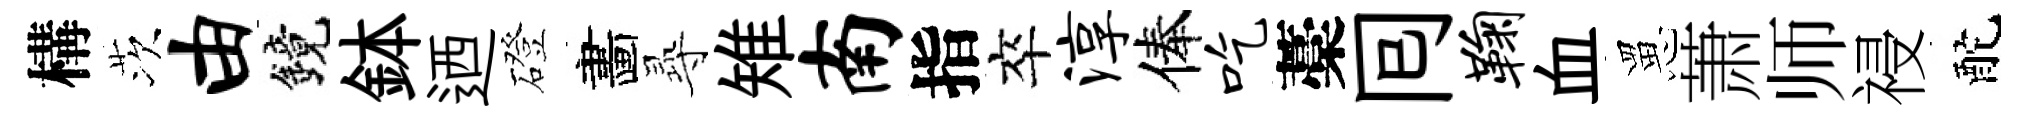
構茨由鏡鉢迺磴畵𡬶雉南指卒淳俸吃藁囘鞠血罳萧师祲酡